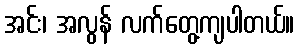
အင်း၊ အလွန် လက်တွေ့ကျပါတယ်။